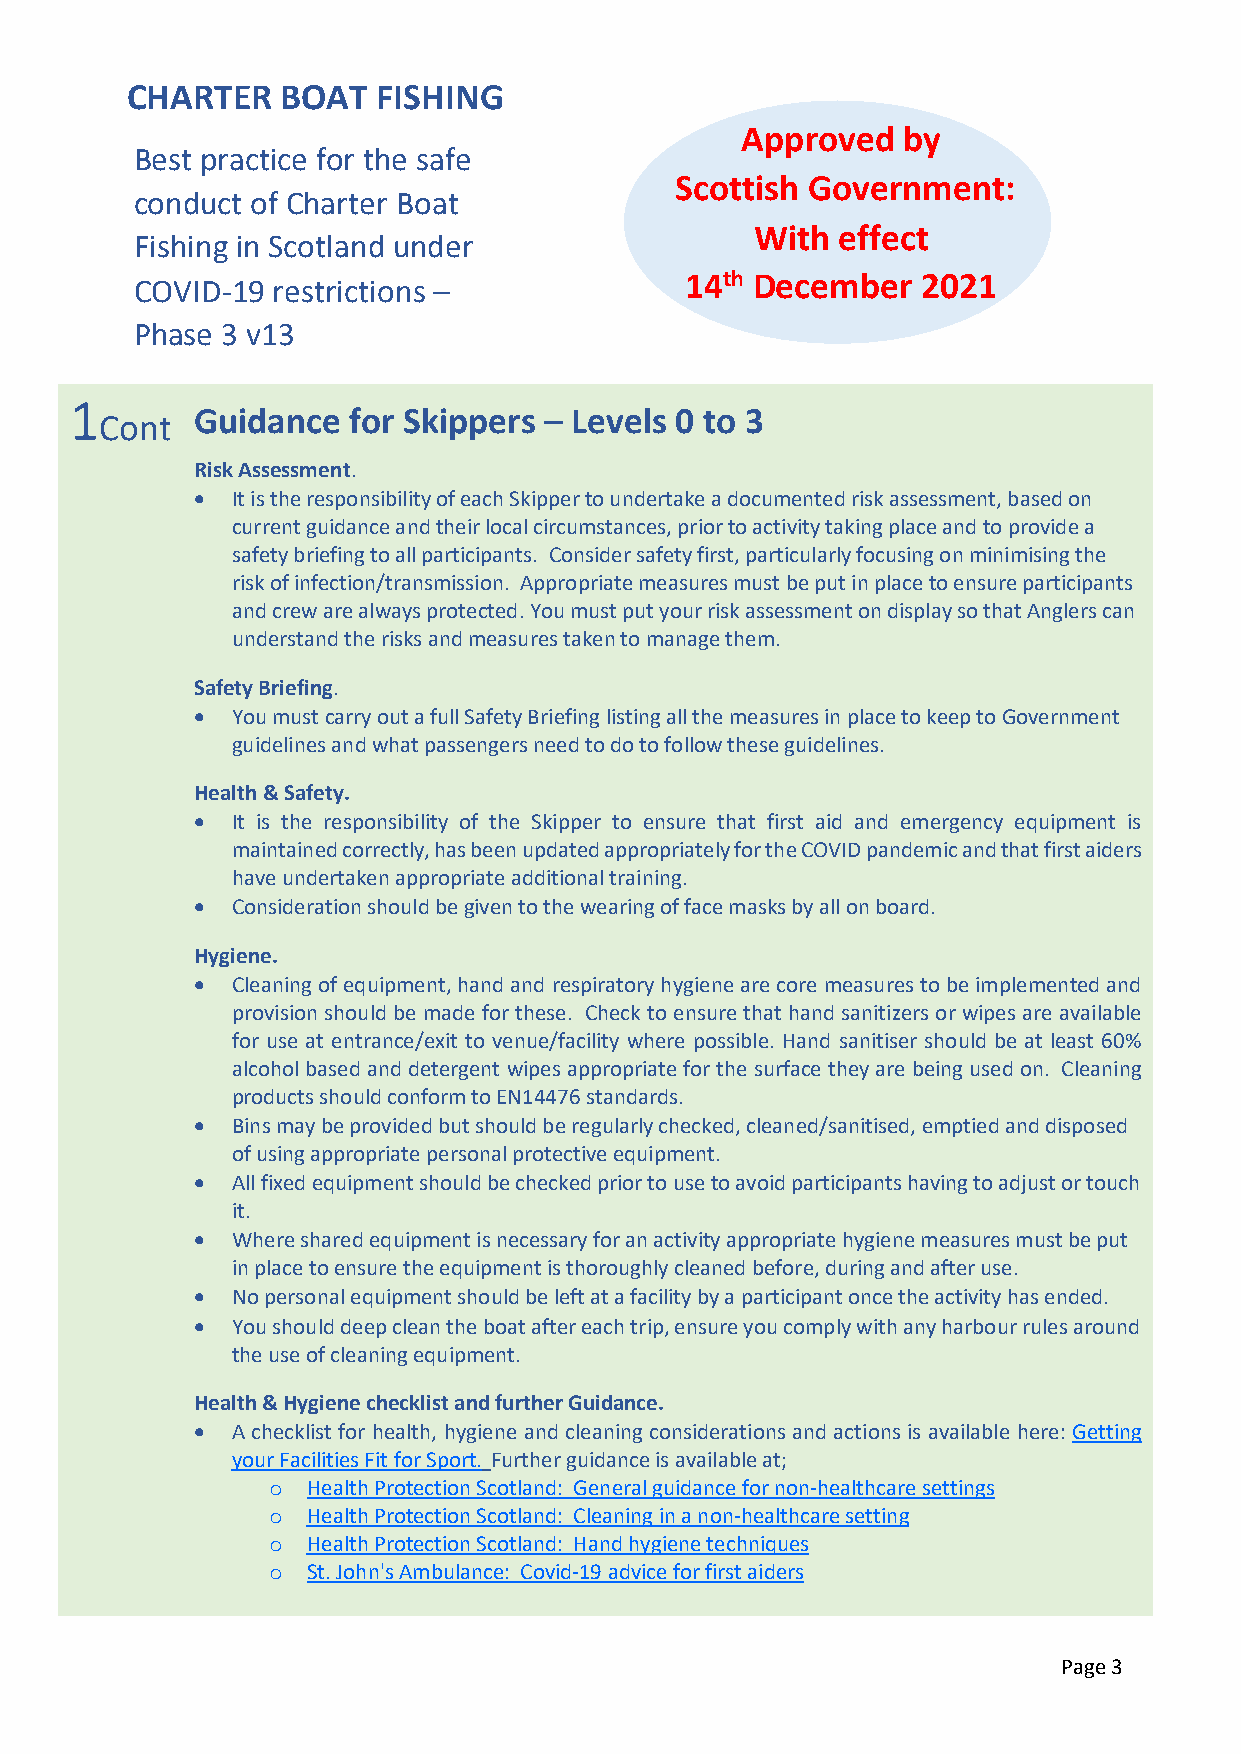
CHARTER    BOAT  FISHING
 Approved   by
 Best practice for the safe
 Scottish Government:
 conduct of Charter Boat
 With effect
 Fishing in Scotland under
 COVID-19 restrictions –             14th December   2021
 Phase 3 v13
 1
 Guidance  for Skippers – Levels 0 to 3
 Cont
 Risk Assessment.
  It is the responsibility of each Skipper to undertake a documented risk assessment, based on
 current guidance and their local circumstances, prior to activity taking place and to provide a
 safety briefing to all participants. Consider safety first, particularly focusing on minimising the
 risk of infection/transmission. Appropriate measures must be put in place to ensure participants
 and crew are always protected. You must put your risk assessment on display so that Anglers can
 understand the risks and measures taken to manage them.
 Safety Briefing.
  You must carry out a full Safety Briefing listing all the measures in place to keep to Government
 guidelines and what passengers need to do to follow these guidelines.
 Health & Safety.
  It is the responsibility of the Skipper to ensure that first aid and emergency equipment is
 maintained correctly, has been updated appropriately for the COVID pandemic and that first aiders
 have undertaken appropriate additional training.
  Consideration should be given to the wearing of face masks by all on board.
 Hygiene.
  Cleaning of equipment, hand and respiratory hygiene are core measures to be implemented and
 provision should be made for these. Check to ensure that hand sanitizers or wipes are available
 for use at entrance/exit to venue/facility where possible. Hand sanitiser should be at least 60%
 alcohol based and detergent wipes appropriate for the surface they are being used on. Cleaning
 products should conform to EN14476 standards.
  Bins may be provided but should be regularly checked, cleaned/sanitised, emptied and disposed
 of using appropriate personal protective equipment.
  All fixed equipment should be checked prior to use to avoid participants having to adjust or touch
 it.
  Where shared equipment is necessary for an activity appropriate hygiene measures must be put
 in place to ensure the equipment is thoroughly cleaned before, during and after use.
  No personal equipment should be left at a facility by a participant once the activity has ended.
  You should deep clean the boat after each trip, ensure you comply with any harbour rules around
 the use of cleaning equipment.
 Health & Hygiene checklist and further Guidance.
  A checklist for health, hygiene and cleaning considerations and actions is available here: Getting
 your Facilities Fit for Sport. Further guidance is available at;
 o Health Protection Scotland: General guidance for non-healthcare settings
 o Health Protection Scotland: Cleaning in a non-healthcare setting
 o Health Protection Scotland: Hand hygiene techniques
 o St. John's Ambulance: Covid-19 advice for first aiders
 Page 3